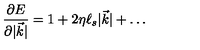
\frac { \partial E } { \partial | { \vec { k } } | } = 1 + 2 \eta \ell _ { s } | { \vec { k } } | + \dots